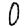
Digit: 0